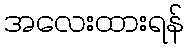
အလေးထားရန်